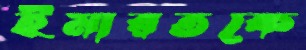
ইমারতকে